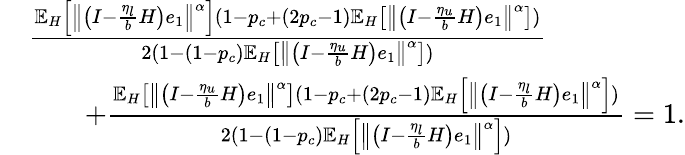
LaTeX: \begin{array}{rl}&{\frac{\mathbb{E}_{H}\left[\left\Vert\left(I-\frac{\eta_{l}}{b}H\right)e_{1}\right\Vert^{\alpha}\right](1-p_{c}+(2p_{c}-1)\mathbb{E}_{H}\left[\left\Vert\left(I-\frac{\eta_{u}}{b}H\right)e_{1}\right\Vert^{\alpha}\right])}{2(1-(1-p_{c})\mathbb{E}_{H}\left[\left\Vert\left(I-\frac{\eta_{u}}{b}H\right)e_{1}\right\Vert^{\alpha}\right])}}\\ &{\qquad+\frac{\mathbb{E}_{H}\left[\left\Vert\left(I-\frac{\eta_{u}}{b}H\right)e_{1}\right\Vert^{\alpha}\right](1-p_{c}+(2p_{c}-1)\mathbb{E}_{H}\left[\left\Vert\left(I-\frac{\eta_{l}}{b}H\right)e_{1}\right\Vert^{\alpha}\right])}{2(1-(1-p_{c})\mathbb{E}_{H}\left[\left\Vert\left(I-\frac{\eta_{l}}{b}H\right)e_{1}\right\Vert^{\alpha}\right])}=1.}\end{array}